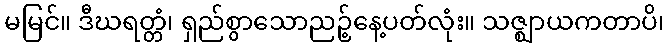
မမြင်။ ဒီဃရတ္တံ၊ ရှည်စွာသောညဉ့်နေ့ပတ်လုံး။ သဇ္ဈာယကတာပိ၊